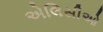
એલિસીઓ